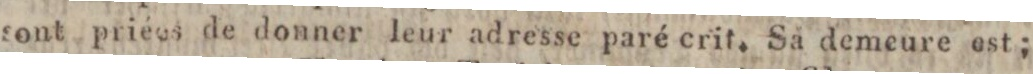
tont priées de donner leur adresse paré crit. Sa demeure est;